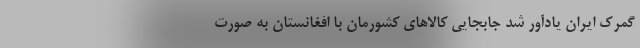
گمرک ایران یادآور شد جابجایی کالاهای کشورمان با افغانستان به صورت